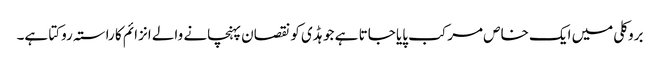
بروکلی میں ایک خاص مرکب پایا جاتا ہے جو ہڈی کو نقصان پہنچانے والے انزائم کا راستہ روکتا ہے۔